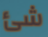
شئ